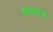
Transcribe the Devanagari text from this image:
वाजतंय